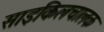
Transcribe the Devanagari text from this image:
साइकिलचालक